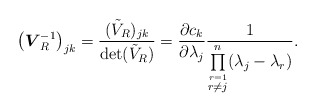
\begin{gather*}\big(\boldsymbol{V}_R^{-1}\big)_{jk}=\frac{ (\tilde{V}_R)_{jk}}{ \det(\tilde{V}_R)} =\frac{\partial c_k}{\partial \lambda_j} \frac{1}{\prod\limits_{\stackrel{r=1}{r\neq j}}^n ( \lambda_j- \lambda_r)} .\end{gather*}